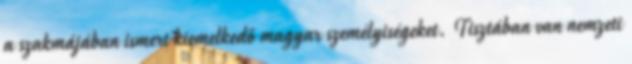
a szakmájában ismert kiemelkedő magyar személyiségeket. Tisztában van nemzeti